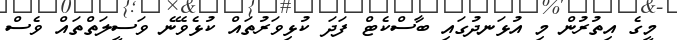
މީގެ އިތުރުން މި އުޅަނދުގައި ބާސްކެޓް ފަދަ ކުޅިވަރުތައް ކުޅެވޭނެ ވަސީލަތްތައް ވެސް